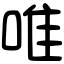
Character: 唯